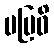
မဗြဝိ